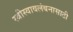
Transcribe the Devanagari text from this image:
स्त्रीस्वावलंबनासाठी